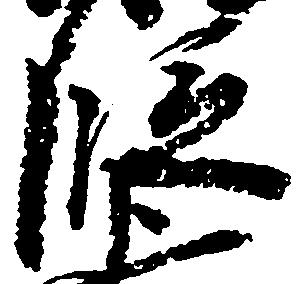
段